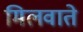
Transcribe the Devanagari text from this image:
मिलवाते